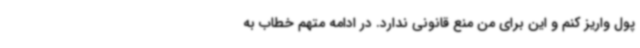
پول واریز کنم و این برای من منع قانونی ندارد. در ادامه متهم خطاب به